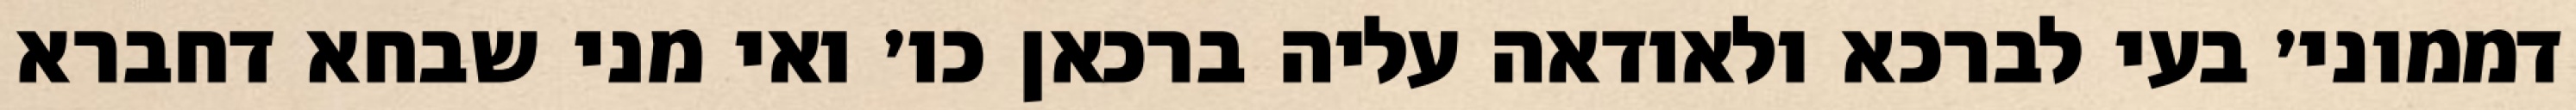
דממוני׳ בעי לברכא ולאודאה עליה ברכאן כו׳ ואי מני שבחא דחברא